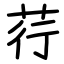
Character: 荇